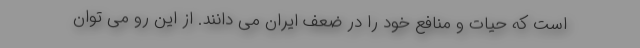
است که حیات و منافع خود را در ضعف ایران می دانند. از این رو می توان